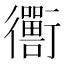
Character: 𬡁